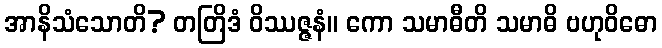
အာနိသံသောတိ? တတြိဒံ ဝိဿဇ္ဇနံ။ ကော သမာဓီတိ သမာဓိ ဗဟုဝိဓော